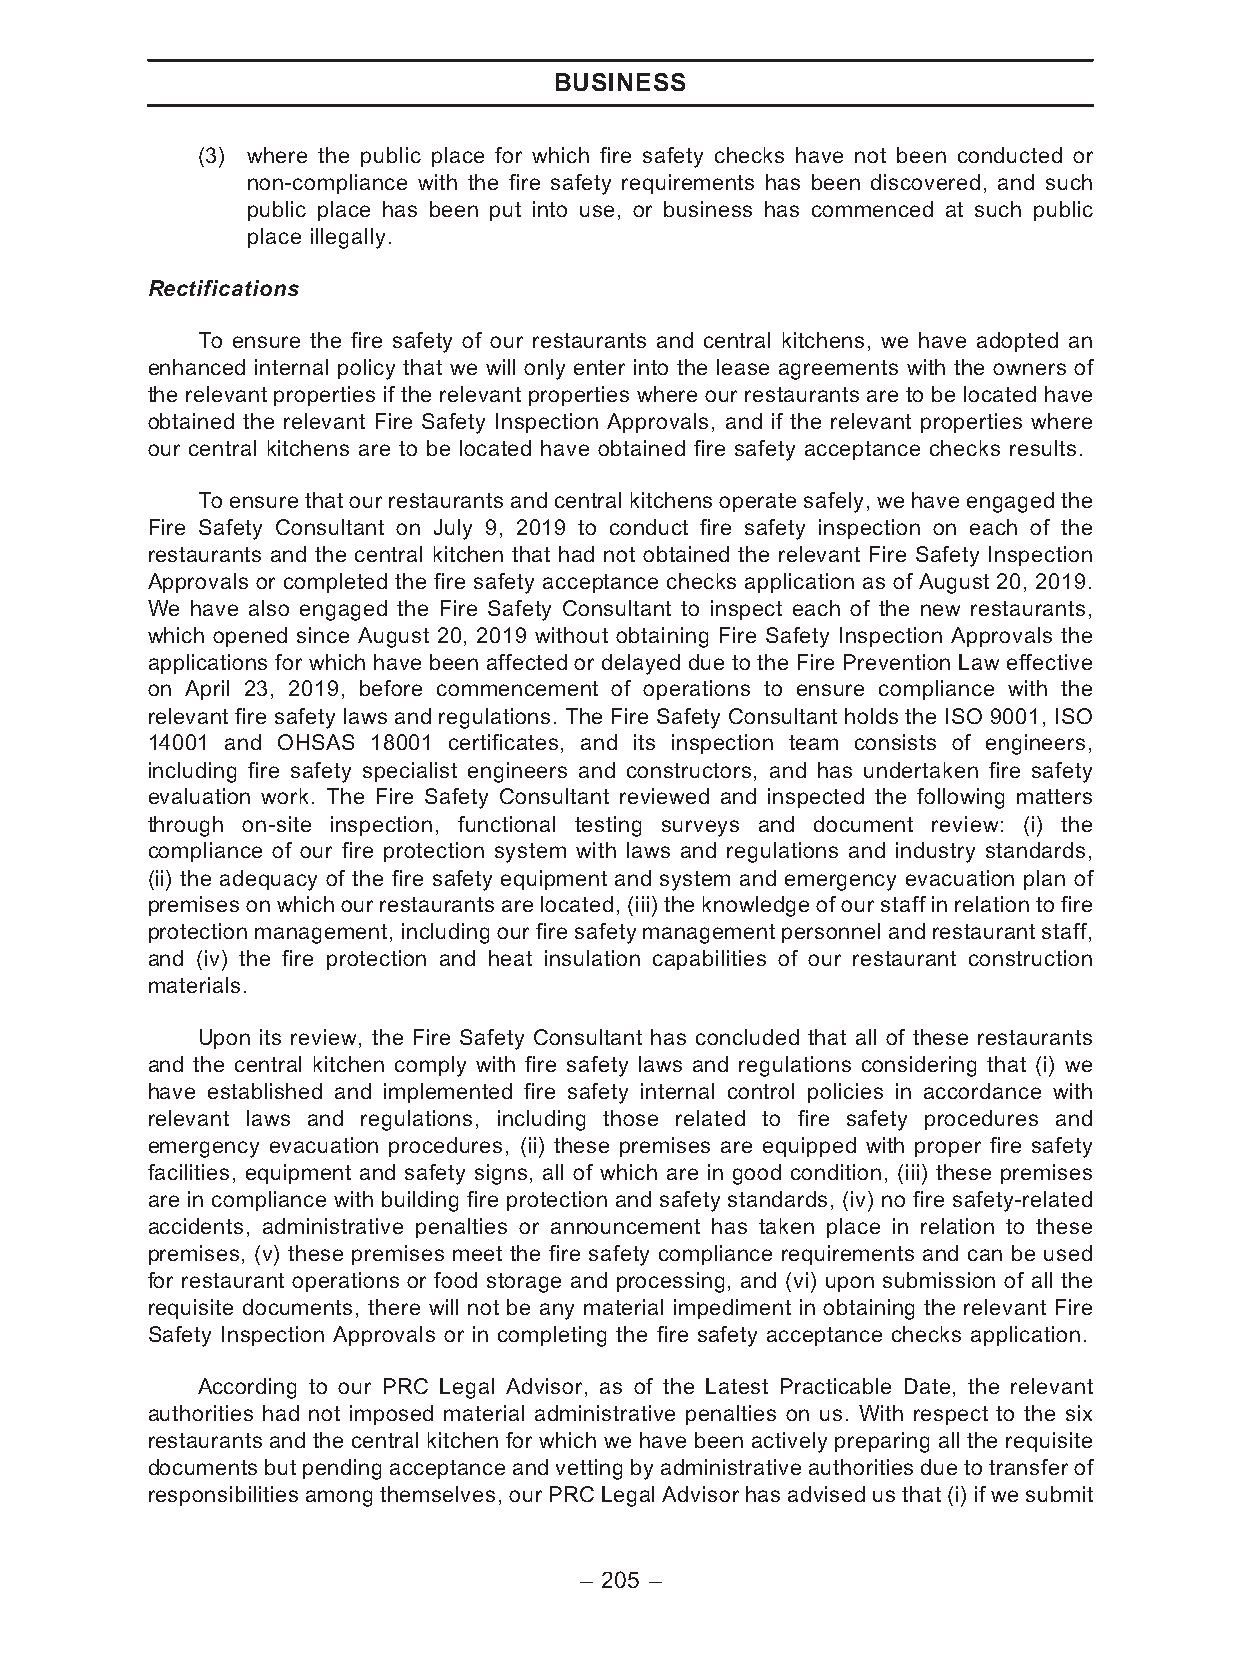
BUSINESS
 (3) where the public place for which fire safety checks have not been conducted or
 non-compliance with the fire safety requirements has been discovered, and such
 public place has been put into use, or business has commenced at such public
 place illegally.
 Rectifications
 To ensure the fire safety of our restaurants and central kitchens, we have adopted an
 enhanced internal policy that we will only enter into the lease agreements with the owners of
 the relevant properties if the relevant properties where our restaurants are to be located have
 obtained the relevant Fire Safety Inspection Approvals, and if the relevant properties where
 our central kitchens are to be located have obtained fire safety acceptance checks results.
 To ensure that our restaurants and centralkitchens operate safely, we have engaged the
 Fire Safety Consultant on July 9, 2019 to conduct fire safety inspection on each of the
 restaurants and the central kitchen that had not obtained the relevant Fire Safety Inspection
 Approvals or completed the fire safety acceptance checks application as of August 20, 2019.
 We have also engaged the Fire Safety Consultant to inspect each of the new restaurants,
 which opened since August 20, 2019 without obtaining Fire Safety Inspection Approvals the
 applications for which have been affected or delayed due to the Fire Prevention Law effective
 on April 23, 2019, before commencement of operations to ensure compliance with the
 relevant fire safety laws and regulations. The Fire Safety Consultant holds the ISO 9001, ISO
 14001 and OHSAS 18001 certificates, and its inspection team consists of engineers,
 including fire safety specialist engineers and constructors, and has undertaken fire safety
 evaluation work. The Fire Safety Consultant reviewed and inspected the following matters
 through on-site inspection, functional testing surveys and document review: (i) the
 compliance of our fire protection system with laws and regulations and industry standards,
 (ii) the adequacy of the fire safety equipment and system and emergency evacuation plan of
 premisesonwhichourrestaurantsarelocated,(iii)theknowledgeofourstaffinrelationtofire
 protection management, including our fire safety management personnel and restaurant staff,
 and (iv) the fire protection and heat insulation capabilities of our restaurant construction
 materials.
 Upon its review, the Fire Safety Consultant has concluded that all of these restaurants
 and the central kitchen comply with fire safety laws and regulations considering that (i) we
 have established and implemented fire safety internal control policies in accordance with
 relevant laws and regulations, including those related to fire safety procedures and
 emergency evacuation procedures, (ii) these premises are equipped with proper fire safety
 facilities, equipment and safety signs, all of which are in good condition, (iii) these premises
 are in compliance with building fire protection and safety standards, (iv) no fire safety-related
 accidents, administrative penalties or announcement has taken place in relation to these
 premises, (v) these premises meet the fire safety compliance requirements and can be used
 for restaurant operations or food storage and processing, and (vi) upon submission of all the
 requisite documents, there will not be any material impediment in obtaining the relevant Fire
 Safety Inspection Approvals or in completing the fire safety acceptance checks application.
 According to our PRC Legal Advisor, as of the Latest Practicable Date, the relevant
 authorities had not imposed material administrative penalties on us. With respect to the six
 restaurants and the central kitchen for which we have been actively preparing all the requisite
 documentsbutpendingacceptanceandvettingbyadministrativeauthoritiesduetotransferof
 responsibilitiesamongthemselves,ourPRCLegalAdvisorhasadvisedusthat(i)ifwesubmit
 – 205 –